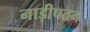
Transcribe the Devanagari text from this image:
नाड़ीपतन